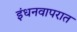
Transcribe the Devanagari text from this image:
इंधनवापरात